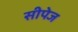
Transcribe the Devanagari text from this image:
सीपेज